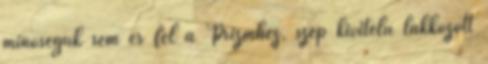
minőségük sem ér fel a Prizmhez, szép kivitelű lakkozott